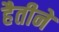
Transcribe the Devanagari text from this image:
हैतीने